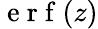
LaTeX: \mathrm{~e~r~f~}(z)